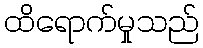
ထိရောက်မှုသည်